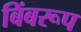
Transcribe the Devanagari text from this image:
बिंबरूप